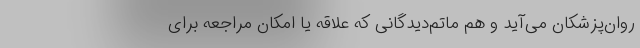
روان‌پزشکان می‌آید و هم ماتم‌دیدگانی که علاقه یا امکان مراجعه برای